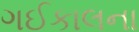
ગઈકાલના